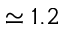
\simeq 1 . 2